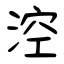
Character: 涳